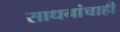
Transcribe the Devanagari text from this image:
साधनांचाही